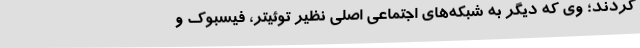
کردند؛ وی که دیگر به شبکه‌های اجتماعی اصلی نظیر توئیتر، فیسبوک و